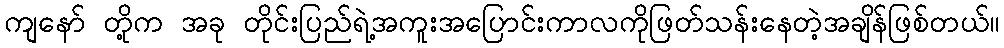
ကျနော် တို့က အခု တိုင်းပြည်ရဲ့အကူးအပြောင်းကာလကိုဖြတ်သန်းနေတဲ့အချိန်ဖြစ်တယ်။